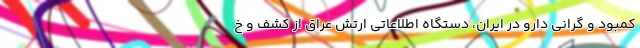
کمبود و گرانی دارو در ایران، دستگاه اطلاعاتی ارتش عراق از کشف و خ